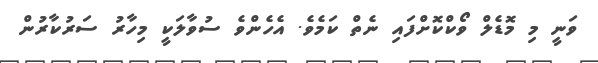
ވަނީ މި މޮޑެލް ވޯކްކޮށްފައި ނެތް ކަމެވެ. އެހެންވެ ސުވާލަކީ މިހާރު ސަރުކާރުން